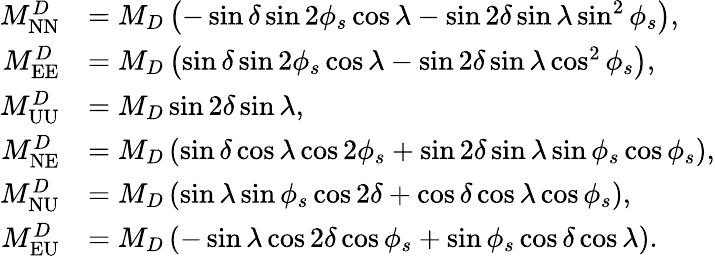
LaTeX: \begin{array}{rl}{M_{\mathrm{NN}}^{D}}&{=M_{D}\left(-\sin\delta\sin 2\phi_{s}\cos\lambda-\sin 2\delta\sin\lambda\sin^{2}\phi_{s}\right),}\\ {M_{\mathrm{EE}}^{D}}&{=M_{D}\left(\sin\delta\sin 2\phi_{s}\cos\lambda-\sin 2\delta\sin\lambda\cos^{2}\phi_{s}\right),}\\ {M_{\mathrm{UU}}^{D}}&{=M_{D}\sin 2\delta\sin\lambda,}\\ {M_{\mathrm{NE}}^{D}}&{=M_{D}\left(\sin\delta\cos\lambda\cos 2\phi_{s}+\sin 2\delta\sin\lambda\sin\phi_{s}\cos\phi_{s}\right),}\\ {M_{\mathrm{NU}}^{D}}&{=M_{D}\left(\sin\lambda\sin\phi_{s}\cos 2\delta+\cos\delta\cos\lambda\cos\phi_{s}\right),}\\ {M_{\mathrm{EU}}^{D}}&{=M_{D}\left(-\sin\lambda\cos 2\delta\cos\phi_{s}+\sin\phi_{s}\cos\delta\cos\lambda\right).}\end{array}